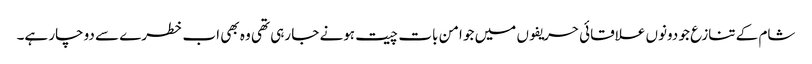
شام کے تنازع جو دونوں علاقائی حریفوں میں جو امن بات چیت ہونے جا رہی تھی وہ بھی اب خطرے سے دوچار ہے۔